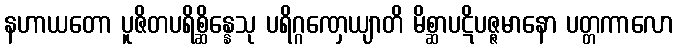
နဟာယတော ပူဇိတပရိစ္ဆိန္နေသု ပရိဂ္ဂဏှေယျာတိ မိစ္ဆာပဋိပဇ္ဇမာနော ပတ္တကာလော